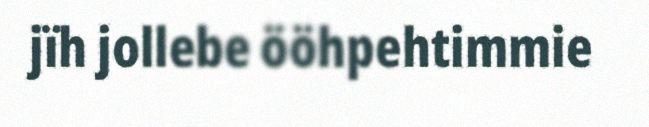
jïh jollebe ööhpehtimmie